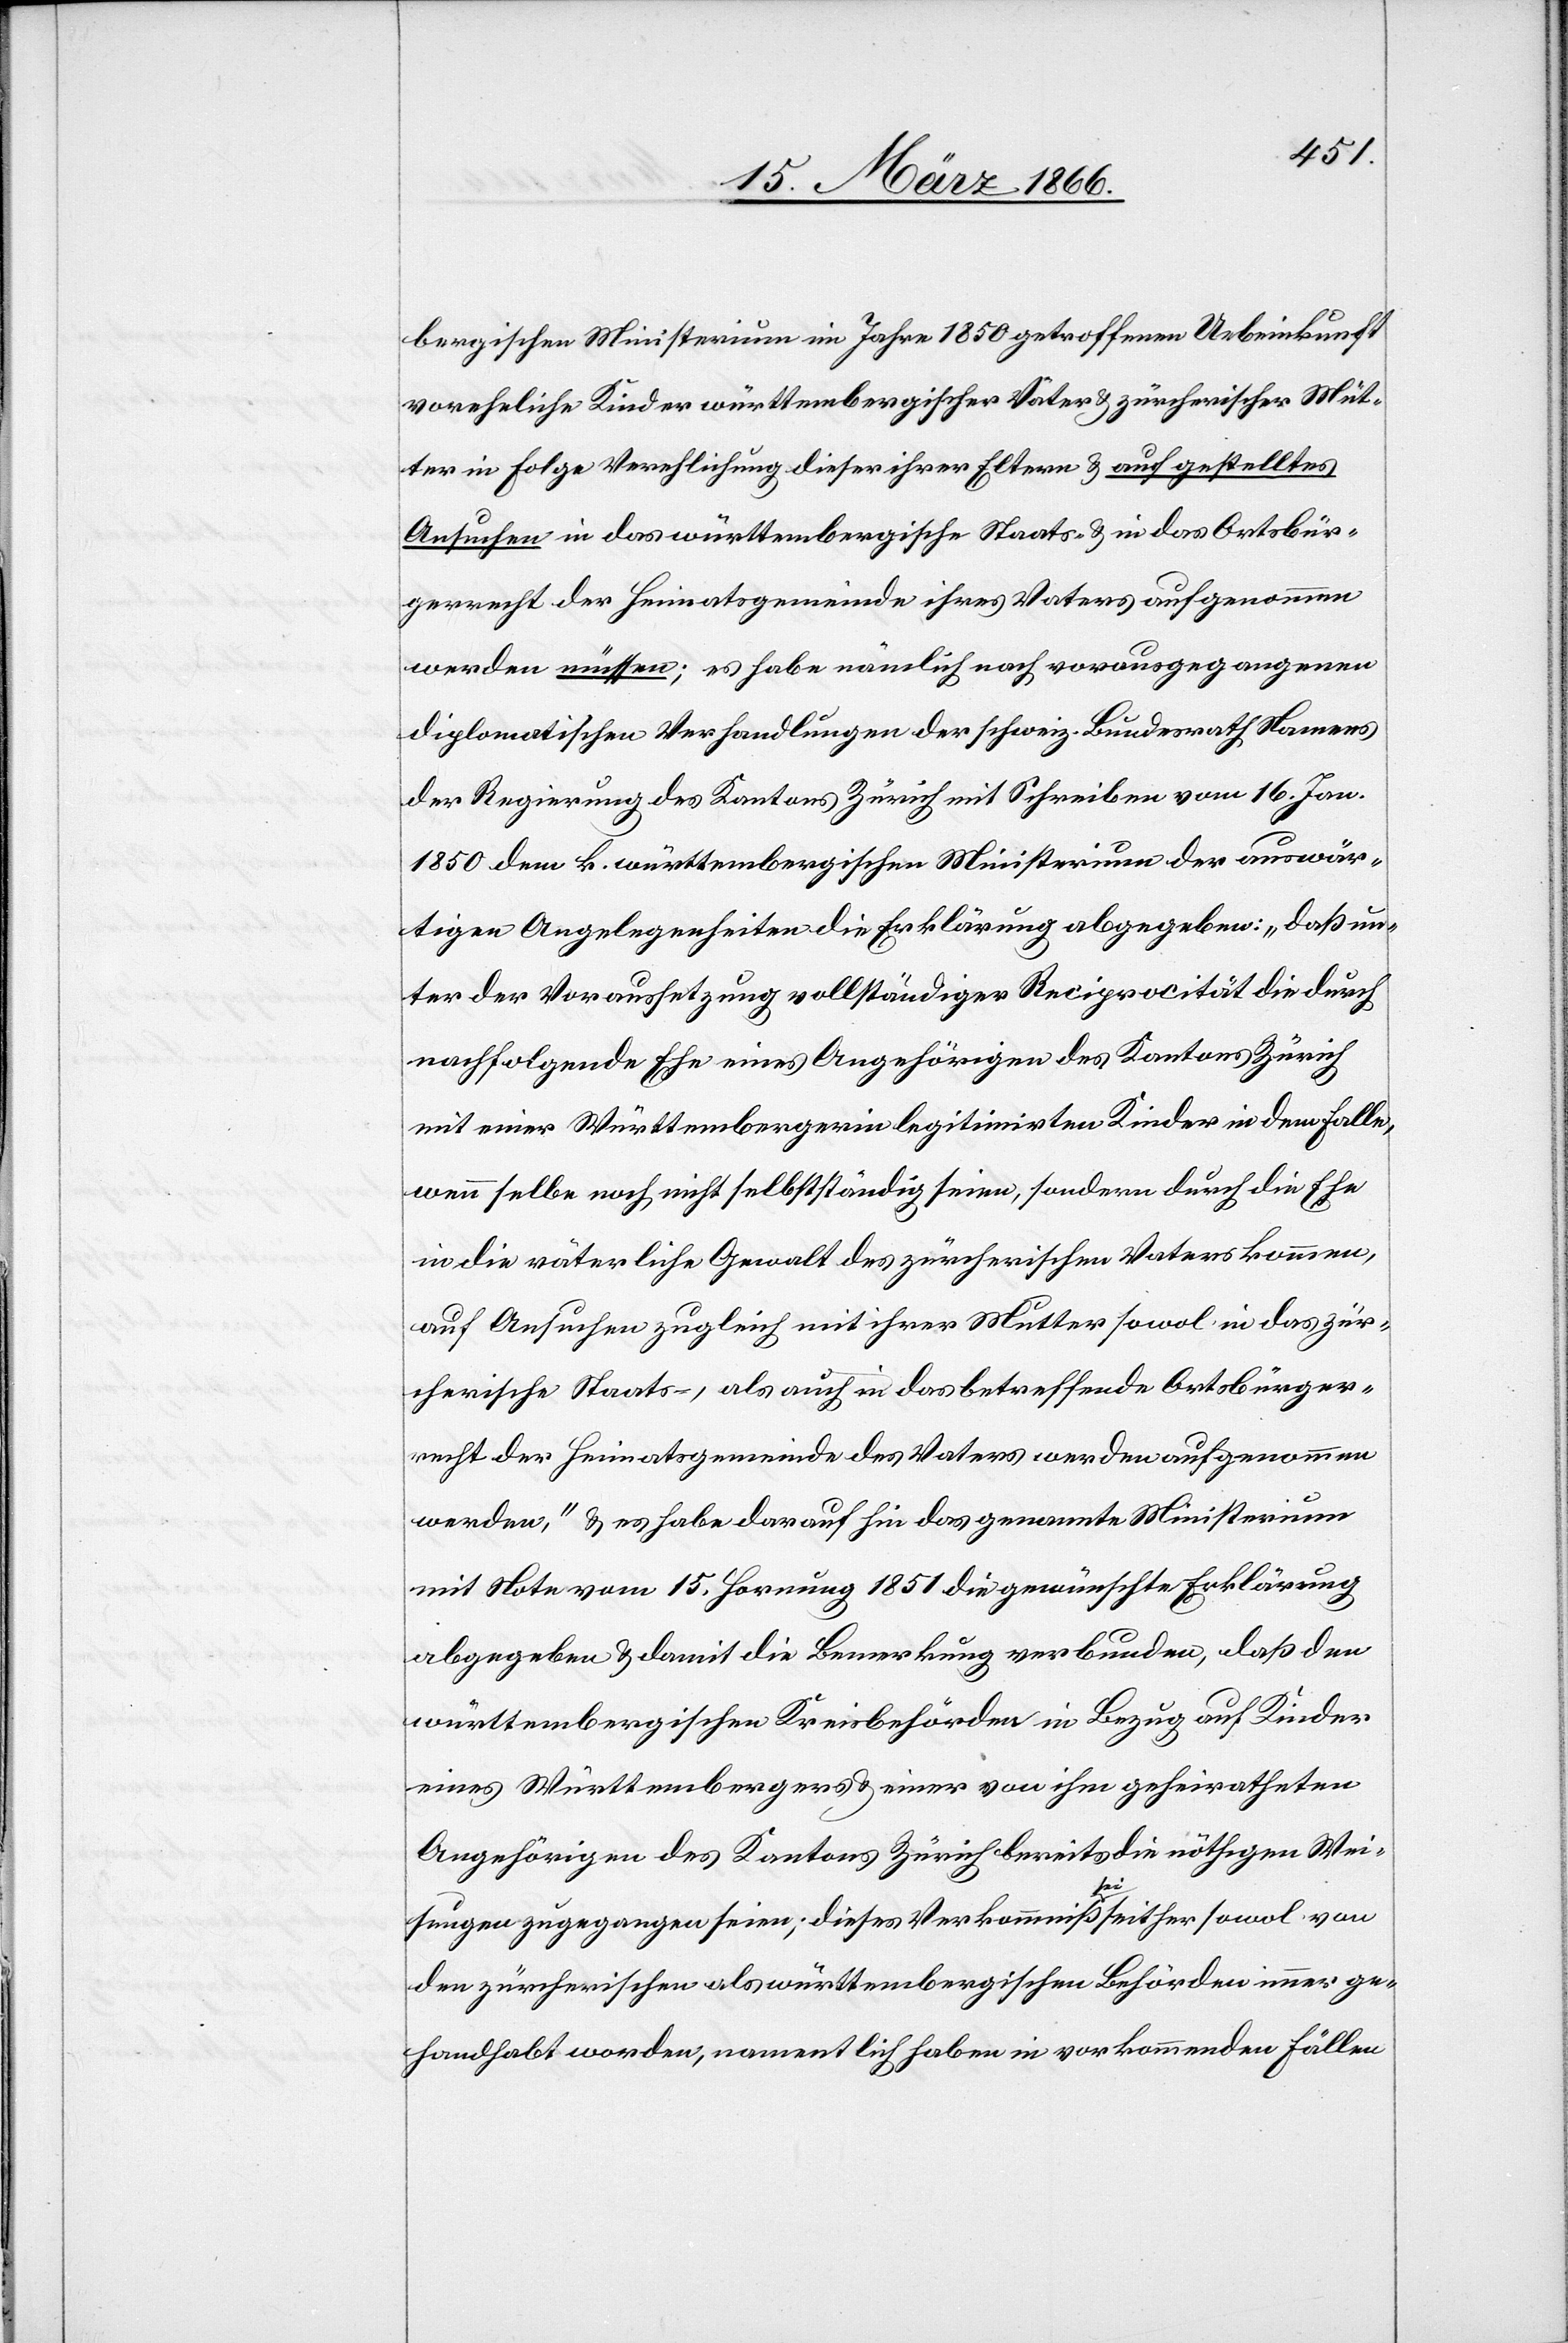
bergischen Ministerium im Jahre 1850 getroffenen Uebereinkunft
voreheliche Kinder württembergischer Väter u. zürcherischer Müt¬
ter in Folge Verehelichung dieser ihrer Eltern u. auf gestelltes
Ansuchen in das württembergische Staats- u. in das Ortsbür¬
gerrecht der Heimatgemeinde ihres Vaters aufgenommen
werden müssen; es habe nämlich nach vorausgegangenen
diplomatischen Verhandlungen der schweiz. Bundesrath Namens
der Regierung des Kantons Zürich mit Schreiben vom 16. Jan.
1850 dem k. württembergischen Ministerium der auswär¬
tigen Angelegenheiten die Erklärung abgegeben: „daß un¬
ter der Voraussetzung vollständiger Reciprocität die durch
nachfolgende Ehe eines Angehörigen des Kantons Zürich
mit einer Württembergerin legitimirten Kinder in dem Falle,
wenn selbe noch nicht selbstständig seien, sondern durch die Ehe
in die väterliche Gewalt des zürcherischen Vaters kommen,
auf Ansuchen zugleich mit ihrer Mutter sowol in das zür¬
cherische Staats-, als auch in das betreffende Ortsbürger¬
recht der Heimatsgemeinde des Vaters werden aufgenommen
werden,“ u. es habe darauf hin das genannte Ministerium
mit Note vom 15. Hornung 1851 die gewünschte Erklärung
abgegeben u. damit die Bemerkung verbunden, daß den
württembergischen Kreisbehörden in Bezug auf Kinder
eines Württembergers u. einer von ihm geheiratheten
Angehörigen des Kantons Zürich bereits die nöthigen Wei¬
sungen zugegangen seien; dieses Verkommniß sei seither sowol von
den zürcherischen als württembergischen Behörden immer ge¬
handhabt worden, namentlich in vorkommenden Fällen